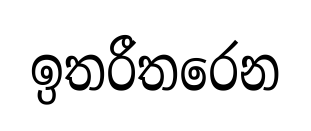
ඉතරීතරෙන